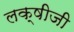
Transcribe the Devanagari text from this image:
लक्षीजी